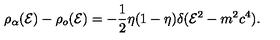
\rho _ { \alpha } ( { \cal E } ) - \rho _ { o } ( { \cal E } ) = - \frac { 1 } { 2 } \eta ( 1 - \eta ) \delta ( { \cal E } ^ { 2 } - m ^ { 2 } c ^ { 4 } ) .